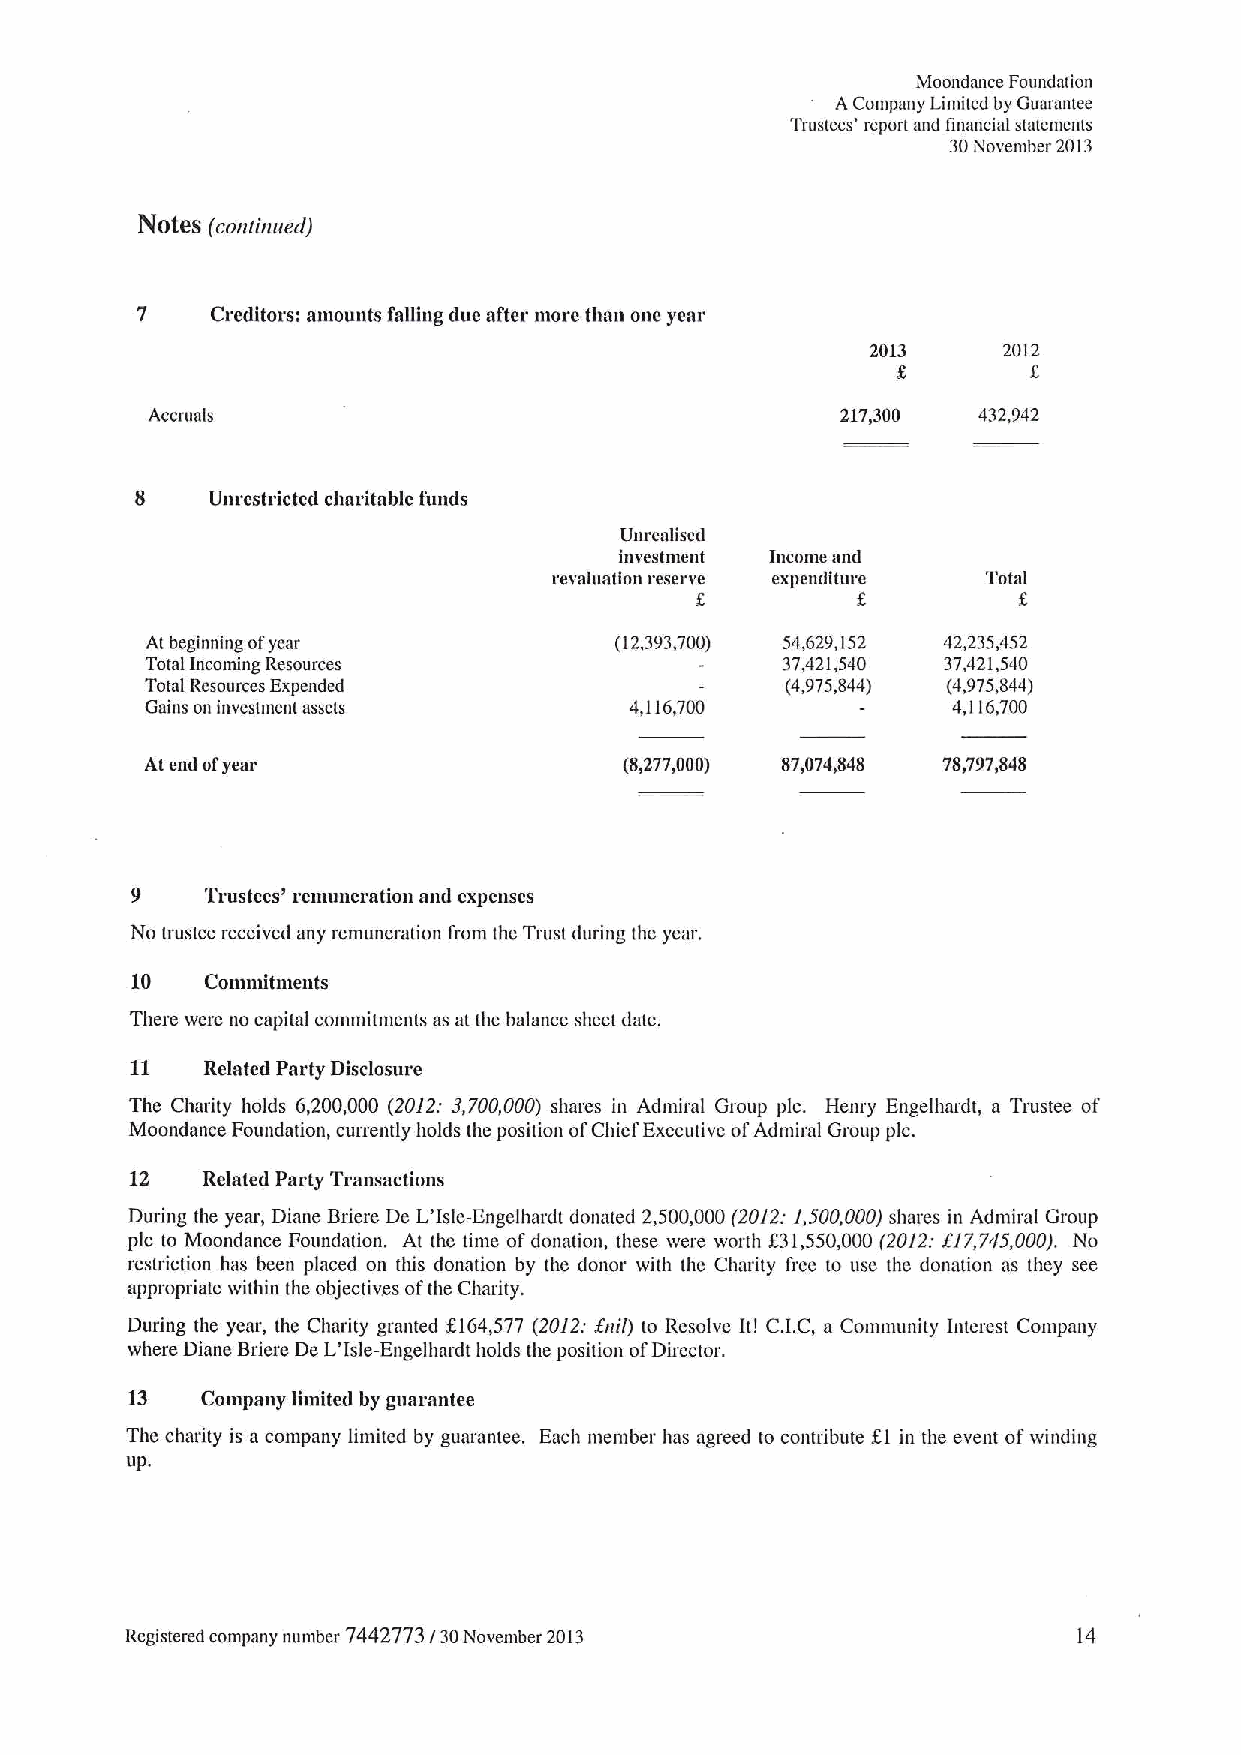
iMoondance Foundation
 ACompany Limited by Guarantee
 Trustees' report and financial statements
 30November 2013
 NOteS (continued)
 7    Creditors: amounts falling due after more than one year
 2013    2012
 Accnials                                      217&300  432,942
 8    Unrestricted charitable funds
 Unrealised
 investment Income and
 revaluation reserve expenditure Total
 f.
 At beginning ofyear            (12,393,700) 54,629,152 42,235,452
 Total Incoming Resources                  37,421,540 37,421,540
 Total Resources Expended                  (4,975,844) (4,975,844)
 Gains on investnient assets     4,116,700            4,116,700
 At end ofymr                   (8,277,000) 87,074,848 78,797,848
 9    Trustees' remuneration and expenses
 No trustee received any remuneration from thc Trust during tho year.
 10   Conuuitments
 There were no capital commitments as at the balance sheet date.
 11   Related Party Disclosure
 The Charity holds 6,200,000 (2012:3,700,000) shares in Admiral Group pic. Henry Engelhardt, a Trustee of
 Moondance Foundation, currently holds the position ofChief Executive ofAdmiral Group pic.
 12  Related Party Transactions
 During the year, Diane Briere De L'Isle-Engelhardt donated 2,500,000(2012:1,500,000) shares in Admiral Group
 pic to Moondance Foundation. At thc time ofdonation, these were worth f31,550,000 (2012:$)7,745,000). No
 restriction has been placed on this donation by the donor with the Charity freo to use the donation as they see
 appropriate within the objectives ofthe Charity.
 During the year, the Charity granted KI64,577 (2012:fnt7) to Resolve Iti C.I.C, a Community Interest Company
 where Diane Briere De L'Isle-Engelhardt holds the position ofDirector.
 13   Company limited by guarantee
 The charity is a company limited by guarantee. Each mentber has agreed to contribute fl in the event ofwinding
 Up.
 Registered company noniber 7442773130November 2013